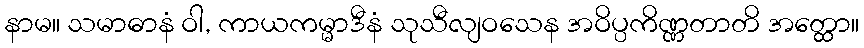
နာမ။ သမာဓာနံ ဝါ, ကာယကမ္မာဒီနံ သုသီလျဝသေန အဝိပ္ပကိဏ္ဏတာတိ အတ္ထော။